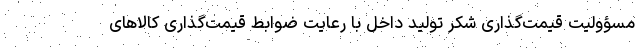
مسؤولیت قیمت‌گذاری شکر تولید داخل با رعایت ضوابط قیمت‌گذاری کالاهای